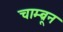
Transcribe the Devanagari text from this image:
चाम्ब्रून